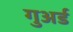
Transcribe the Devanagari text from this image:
गुअर्ड